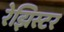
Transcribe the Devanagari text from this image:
रेझिस्टर